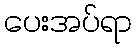
ပေးအပ်ရာ